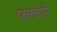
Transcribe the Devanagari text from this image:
फलचोरी